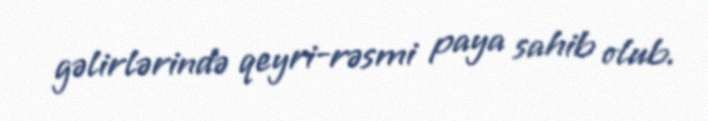
gəlirlərində qeyri-rəsmi paya sahib olub.